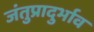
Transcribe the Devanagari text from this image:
जंतुप्रादुर्भाव